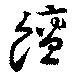
饘